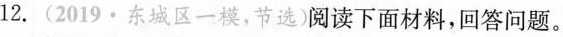
12.(2019·东城区一模，节选)阅读下面材料，回答问题。